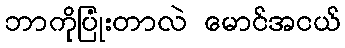
ဘာကိုပြုံးတာလဲ မောင်အငယ်